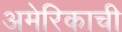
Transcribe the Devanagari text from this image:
अमेरिकाची